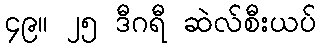
၄၉။ ၂၅ ဒီဂရီ ဆဲလ်စီးယပ်